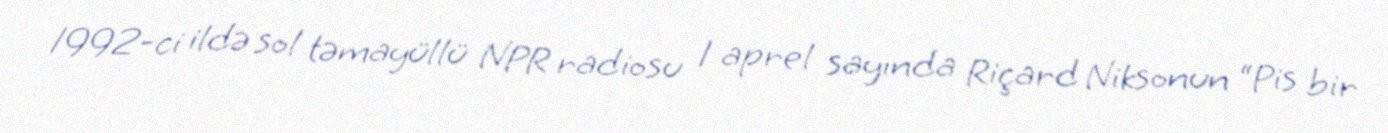
1992-ci ildə sol təmayüllü NPR radiosu 1 aprel sayında Riçard Niksonun “Pis bir